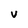
Character: V